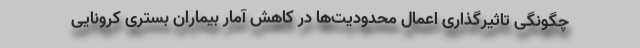
چگونگی تاثیرگذاری اعمال محدودیت‌ها در کاهش آمار بیماران بستری کرونایی